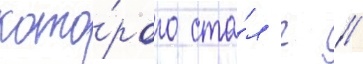
кото́рого ста́л г //